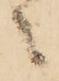
々